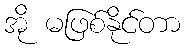
အို မဖြစ်နိုင်တာ